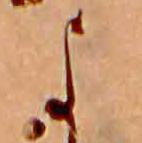
よ